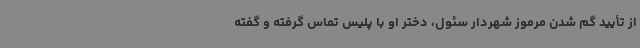
از تأیید گم شدن مرموز شهردار سئول، دختر او با پلیس تماس گرفته و گفته